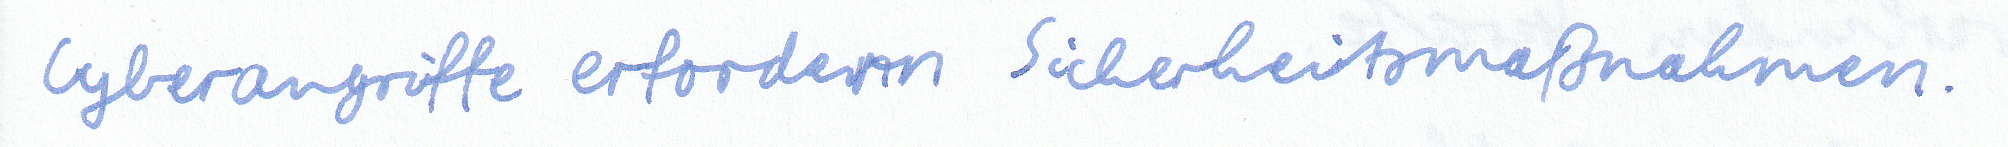
Cyberangriffe erfordern Sicherheitsmaßnahmen.